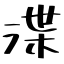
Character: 渫